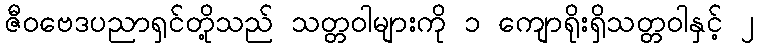
ဇီဝဗေဒပညာရှင်တို့သည် သတ္တဝါများကို ၁ ကျောရိုးရှိသတ္တဝါနှင့် ၂